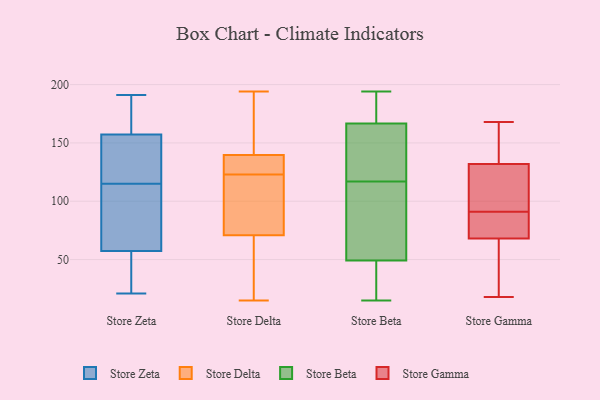
{"axis": {"x": "Revenue (USD Million)", "y": "Value"}, "legend": ["Store Beta", "Store Delta", "Store Gamma", "Store Zeta"], "data": [{"x": "", "y": 46, "type": "Store Zeta"}, {"x": "", "y": 46, "type": "Store Zeta"}, {"x": "", "y": 161, "type": "Store Zeta"}, {"x": "", "y": 191, "type": "Store Zeta"}, {"x": "", "y": 21, "type": "Store Zeta"}, {"x": "", "y": 156, "type": "Store Zeta"}, {"x": "", "y": 119, "type": "Store Zeta"}, {"x": "", "y": 92, "type": "Store Zeta"}, {"x": "", "y": 68, "type": "Store Zeta"}, {"x": "", "y": 115, "type": "Store Zeta"}, {"x": "", "y": 148, "type": "Store Zeta"}, {"x": "", "y": 174, "type": "Store Zeta"}, {"x": "", "y": 29, "type": "Store Zeta"}, {"x": "", "y": 61, "type": "Store Zeta"}, {"x": "", "y": 100, "type": "Store Zeta"}, {"x": "", "y": 124, "type": "Store Zeta"}, {"x": "", "y": 186, "type": "Store Zeta"}, {"x": "", "y": 132, "type": "Store Delta"}, {"x": "", "y": 180, "type": "Store Delta"}, {"x": "", "y": 15, "type": "Store Delta"}, {"x": "", "y": 139, "type": "Store Delta"}, {"x": "", "y": 138, "type": "Store Delta"}, {"x": "", "y": 73, "type": "Store Delta"}, {"x": "", "y": 27, "type": "Store Delta"}, {"x": "", "y": 96, "type": "Store Delta"}, {"x": "", "y": 39, "type": "Store Delta"}, {"x": "", "y": 147, "type": "Store Delta"}, {"x": "", "y": 101, "type": "Store Delta"}, {"x": "", "y": 70, "type": "Store Delta"}, {"x": "", "y": 140, "type": "Store Delta"}, {"x": "", "y": 123, "type": "Store Delta"}, {"x": "", "y": 194, "type": "Store Delta"}, {"x": "", "y": 36, "type": "Store Beta"}, {"x": "", "y": 25, "type": "Store Beta"}, {"x": "", "y": 60, "type": "Store Beta"}, {"x": "", "y": 56, "type": "Store Beta"}, {"x": "", "y": 137, "type": "Store Beta"}, {"x": "", "y": 148, "type": "Store Beta"}, {"x": "", "y": 117, "type": "Store Beta"}, {"x": "", "y": 15, "type": "Store Beta"}, {"x": "", "y": 194, "type": "Store Beta"}, {"x": "", "y": 177, "type": "Store Beta"}, {"x": "", "y": 173, "type": "Store Beta"}, {"x": "", "y": 47, "type": "Store Beta"}, {"x": "", "y": 181, "type": "Store Beta"}, {"x": "", "y": 119, "type": "Store Beta"}, {"x": "", "y": 94, "type": "Store Beta"}, {"x": "", "y": 132, "type": "Store Gamma"}, {"x": "", "y": 80, "type": "Store Gamma"}, {"x": "", "y": 18, "type": "Store Gamma"}, {"x": "", "y": 168, "type": "Store Gamma"}, {"x": "", "y": 74, "type": "Store Gamma"}, {"x": "", "y": 63, "type": "Store Gamma"}, {"x": "", "y": 157, "type": "Store Gamma"}, {"x": "", "y": 102, "type": "Store Gamma"}, {"x": "", "y": 68, "type": "Store Gamma"}, {"x": "", "y": 118, "type": "Store Gamma"}]}